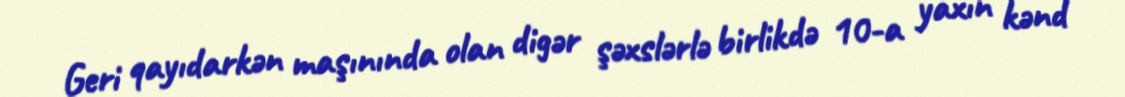
Geri qayıdarkən maşınında olan digər şəxslərlə birlikdə 10-a yaxın kənd